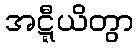
အဋ္ဋီယိတွာ